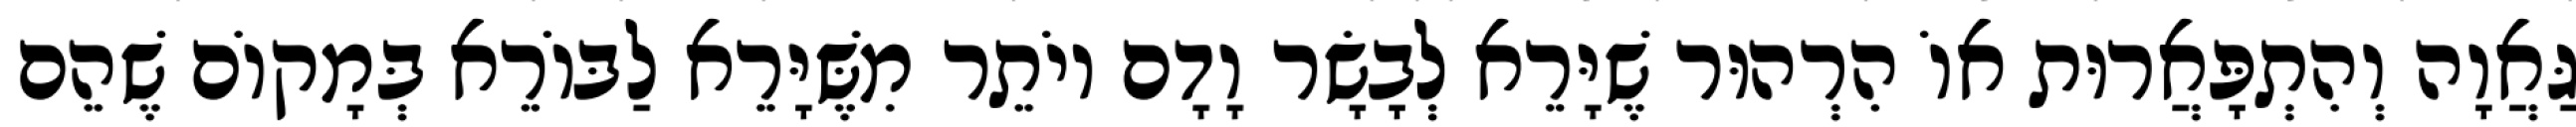
גַּאֲוָה וְהִתְפָּאֲרוּת אוֹ הִרְהוּר שֶׁיָּרֵא לְבָשָׂר וָדָם יוֹתֵר מִשֶּׁיָּרֵא לַבּוֹרֵא בְּמָקוֹם שֶׁהֵם